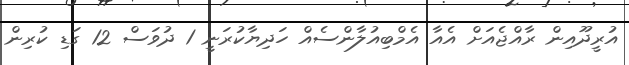
އުރީދޫއިން ރާއްޖެއަށް އެއާ އެމްބިއުލާންސެއް ހަދިޔާކުރަނީ 1 ދުވަސް 12 ގަޑި ކުރިން